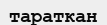
тараткан